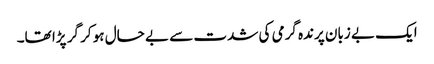
ایک بے زبان پرندہ گرمی کی شدت سے بے حال ہو کر گر پڑا تھا۔